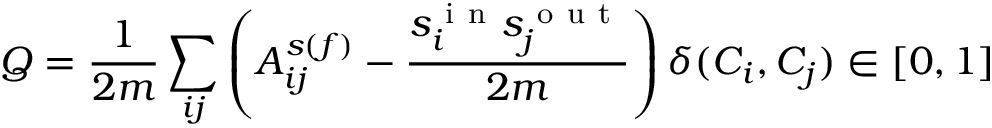
Q = \frac { 1 } { 2 m } \sum _ { i j } \left( A _ { i j } ^ { s ( f ) } - \frac { s _ { i } ^ { \mathrm { ~ i ~ n ~ } } s _ { j } ^ { \mathrm { ~ o ~ u ~ t ~ } } } { 2 m } \right) \delta ( C _ { i } , C _ { j } ) \in [ 0 , 1 ]